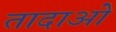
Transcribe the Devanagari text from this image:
तादाओ